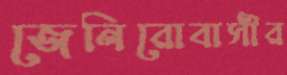
জেনিরোবাসীর